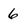
Character: 6